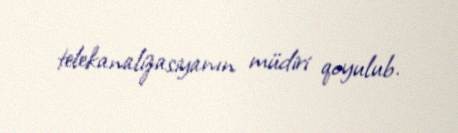
telekanalizasiyanın müdiri qoyulub.